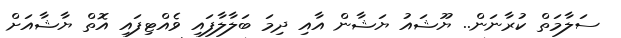
ސަލާމަތް ކުރާނަން.. ޔޫޝައު ޔަޝާން އާއި ދިމަ ބަލާލާފައި ވެއްޓިފައި އޮތް ޔާޝާއަށް